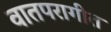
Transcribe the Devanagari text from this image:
वातपरागीत